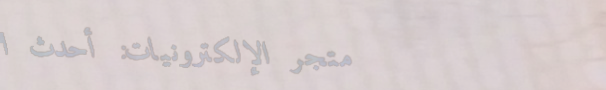
متجر الإلكترونيات: أحدث ا